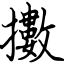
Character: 擻